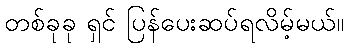
တစ်ခုခု ရှင် ပြန်ပေးဆပ်ရလိမ့်မယ်။